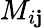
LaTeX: M_{i\mathbf{j}}